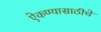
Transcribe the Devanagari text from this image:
ऐकण्यासाठीचे